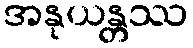
အနုယန္တဿ